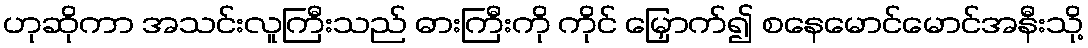
ဟုဆိုကာ အသင်းလူကြီးသည် ဓားကြီးကို ကိုင် မြှောက်၍ စနေမောင်မောင်အနီးသို့